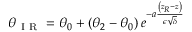
\theta _ { \mathrm { ~ I ~ R ~ } } = \theta _ { 0 } + \left( \theta _ { 2 } - \theta _ { 0 } \right) e ^ { - a \frac { \left( z _ { R } - z \right) } { \epsilon \sqrt { \delta } } }